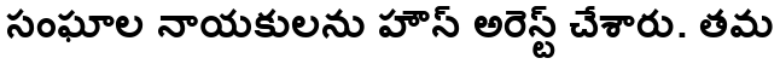
సంఘాల నాయకులను హౌస్ అరెస్ట్ చేశారు. తమ